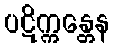
ပဋိက္ကန္တေန